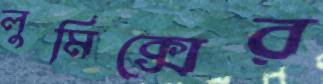
লুমিক্সের